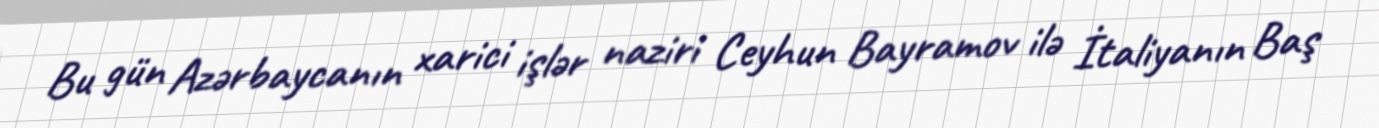
Bu gün Azərbaycanın xarici işlər naziri Ceyhun Bayramov ilə İtaliyanın Baş